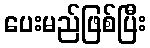
ပေးမည်ဖြစ်ပြီး